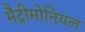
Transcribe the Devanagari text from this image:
मैट्रीमोनियल